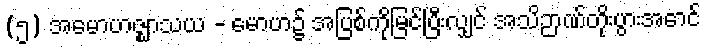
(၅) အမောဟဇ္ဈာသယ - မောဟ၌ အပြစ်ကိုမြင်ပြီးလျှင် အသိဉာဏ်တိုးပွားအောင်